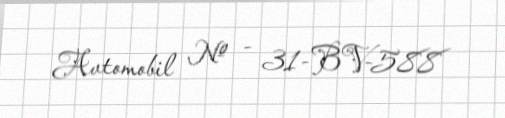
Avtomobil № - 31-BV-588